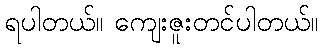
ရပါတယ်။ ကျေးဇူးတင်ပါတယ်။